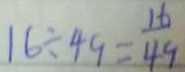
1 6 \div 4 9 = \frac { 1 6 } { 4 9 }